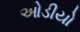
ઓડીયો